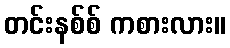
တင်းနစ်စ် ကစားလား။